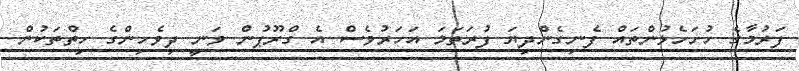
ފަރުމާގެ ހުށަހެޅުންތައް ފެނިގެންދިޔަ ފުރަތަމަ އަަހަރުވެސް އެ ގްރޫޕުން ވަނީ ދިވެހިންގެ ހިތްތަކުން